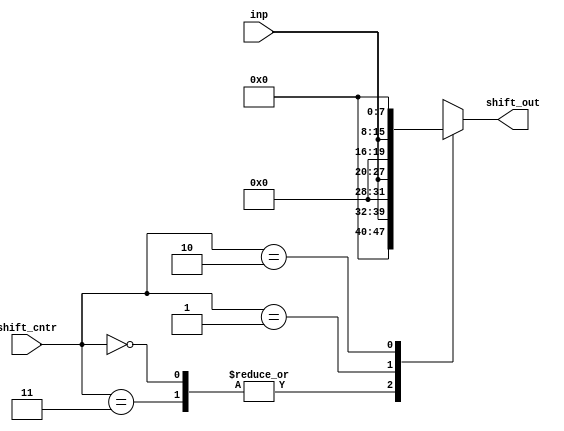
module shifter(
	input [7:0] inp,
	input [1:0] shift_cntr,
	output reg [15:0] shift_out);
always@(*) begin
	
     case(shift_cntr)
        0,3 : shift_out = inp;
        1 : shift_out = inp << 4;
        2 : shift_out = inp << 8;
        default : shift_out = inp;
     endcase
end
endmodule

module r_TB();
reg [7:0] inp;
reg [1:0] shift_cntr;
wire [15:0] shift_out;

shifter s(inp,shift_cntr,shift_out);

	
initial 
begin

$monitor("shift_cntr=%d , in_data=  %b  =>>>  shift_out=%b",shift_cntr,inp,shift_out); 

inp = 7; 
shift_cntr = 0;
#10
shift_cntr = 1;
#10
shift_cntr = 2;
#10
shift_cntr = 3;
end
endmodule